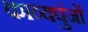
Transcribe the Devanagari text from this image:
काव्यपुंजों